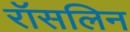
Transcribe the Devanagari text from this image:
रॉसलिन